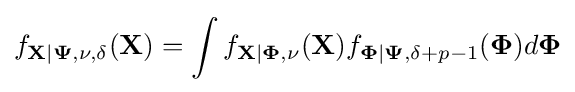
f_{\mathbf {X} |\mathbf {\Psi } ,\nu ,\delta }(\mathbf {X} )=\int f_{\mathbf {X} |\mathbf {\Phi } ,\nu }(\mathbf {X} )f_{\mathbf {\Phi } |\mathbf {\Psi } ,\delta +p-1}(\mathbf {\Phi } )d\mathbf {\Phi }